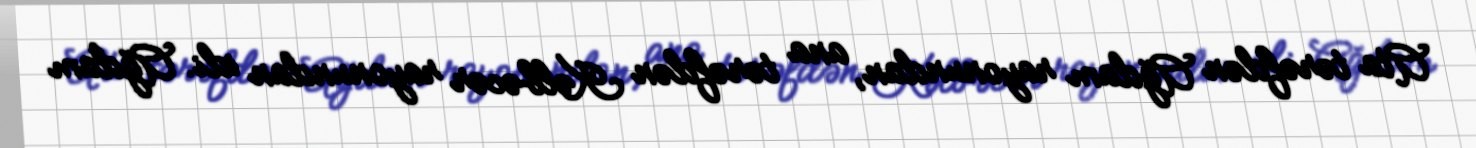
Ata tərəfdən Ağdam rayonundan, ana tərəfdən Kəlbəcər rayonundan idi. Ağdam